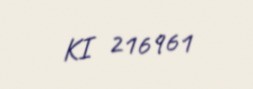
KI 216961